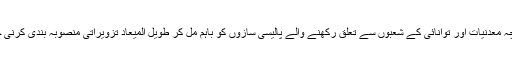
چناں چہ معدنیات اور توانائی کے شعبوں سے تعلق رکھنے والے پالیسی سازوں کو باہم مل کر طویل المیعاد تزویراتی منصوبہ بندی کرنی چاہیے۔